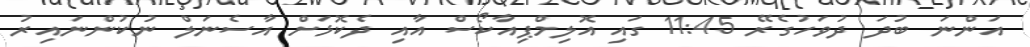
އަންނަ ބުދަ ދުވަހުގެރޭ 11:45 ގައި އޮލިމްޕިއާކޯސް އާއި ދެކޮޅަށް އާސެނަލް ނުކުންނައިރު